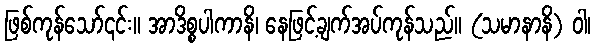
ဖြစ်ကုန်သော်၎င်း။ အာဒိစ္စပါကာနိ၊ နေဖြင့်ချက်အပ်ကုန်သည်။ (သမာနာနိ) ဝါ၊